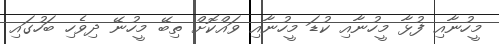
މީހުނާއި ފުޅާ މީހުނާއި ކުޑަ މީހުނާއި ވައްކޮށް ތިބޭ މީހުނޭ ދިވެހި ބަހުގައި